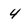
Character: 4